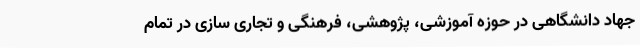
جهاد دانشگاهی در حوزه آموزشی، پژوهشی، فرهنگی و تجاری سازی در تمام